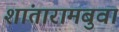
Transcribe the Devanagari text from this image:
शांतारामबुवा